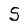
Character: 5